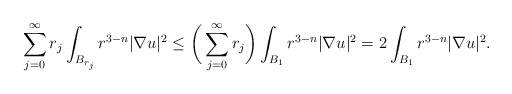
\begin{align*}\sum_{j = 0}^{\infty} r_j \int_{B_{r_j}} r^{3-n} |\nabla u|^2 \leq \bigg(\sum_{j = 0}^{\infty} r_j \bigg) \int_{B_{1}} r^{3-n} |\nabla u|^2 = 2 \int_{B_{1}} r^{3-n} |\nabla u|^2.\end{align*}